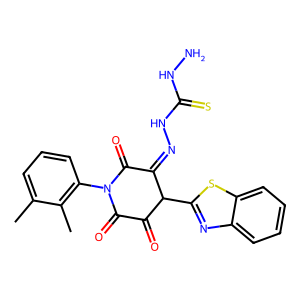
SMILES: Cc1cccc(N2C(=O)C(=O)C(c3nc4ccccc4s3)C(=NNC(=S)NN)C2=O)c1C
Inhibits HIV replication: No